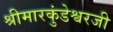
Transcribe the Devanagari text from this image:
श्रीमारकुंडेश्वरजी